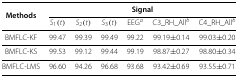
<table><thead><tr><td><b>Methods</b></td><td colspan="6"><b>Signal</b></td></tr><tr><td><b> </b></td><td><b><i>S</i><sub>1</sub>(<i>t</i>)</b></td><td><b><i>S</i><sub>2</sub>(<i>t</i>)</b></td><td><b><i>S</i><sub>3</sub>(<i>t</i>)</b></td><td><b>EEG <sup><i>a</i></sup></b></td><td><b>C3_RH_All <sup><i>b</i></sup></b></td><td><b>C4_RH_All <sup><i>b</i></sup></b></td></tr></thead><tbody><tr><td>BMFLC-KF</td><td>99.47</td><td>99.39</td><td>99.49</td><td>99.22</td><td>99.19 ±0.14</td><td>99.03 ±0.20</td></tr><tr><td>BMFLC-KS</td><td>99.53</td><td>99.12</td><td>99.44</td><td>99.19</td><td>98.87 ±0.27</td><td>98.80 ±0.34</td></tr><tr><td>BMFLC-LMS</td><td>96.60</td><td>94.26</td><td>96.68</td><td>93.68</td><td>93.42 ±0.69</td><td>93.55 ±0.71</td></tr></tbody></table>